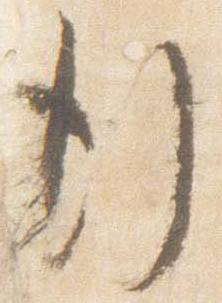
行